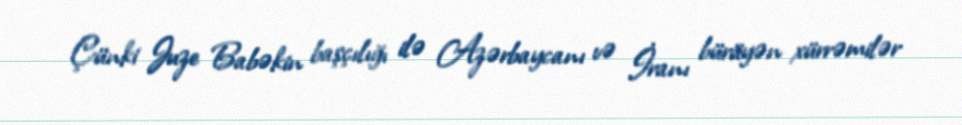
Çünki Juze Babəkin başçılığı ilə Azərbaycanı və İranı bürüyən xürrəmilər